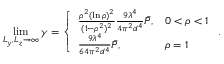
\operatorname* { l i m } _ { L _ { y } , L _ { z } \rightarrow \infty } \gamma = \left\{ \begin{array} { l l } { \frac { \rho ^ { 2 } ( \ln \rho ) ^ { 2 } } { ( 1 - \rho ^ { 2 } ) ^ { 2 } } \frac { 9 \lambda ^ { 4 } } { 4 \pi ^ { 2 } d ^ { 4 } } \bar { P } , } & { 0 < \rho < 1 } \\ { \frac { 9 \lambda ^ { 4 } } { 6 4 \pi ^ { 2 } d ^ { 4 } } \bar { P } , } & { \rho = 1 } \end{array} \right. .